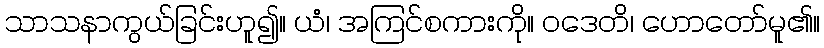
သာသနာကွယ်ခြင်းဟူ၍။ ယံ၊ အကြင်စကားကို။ ဝဒေတိ၊ ဟောတော်မူ၏။